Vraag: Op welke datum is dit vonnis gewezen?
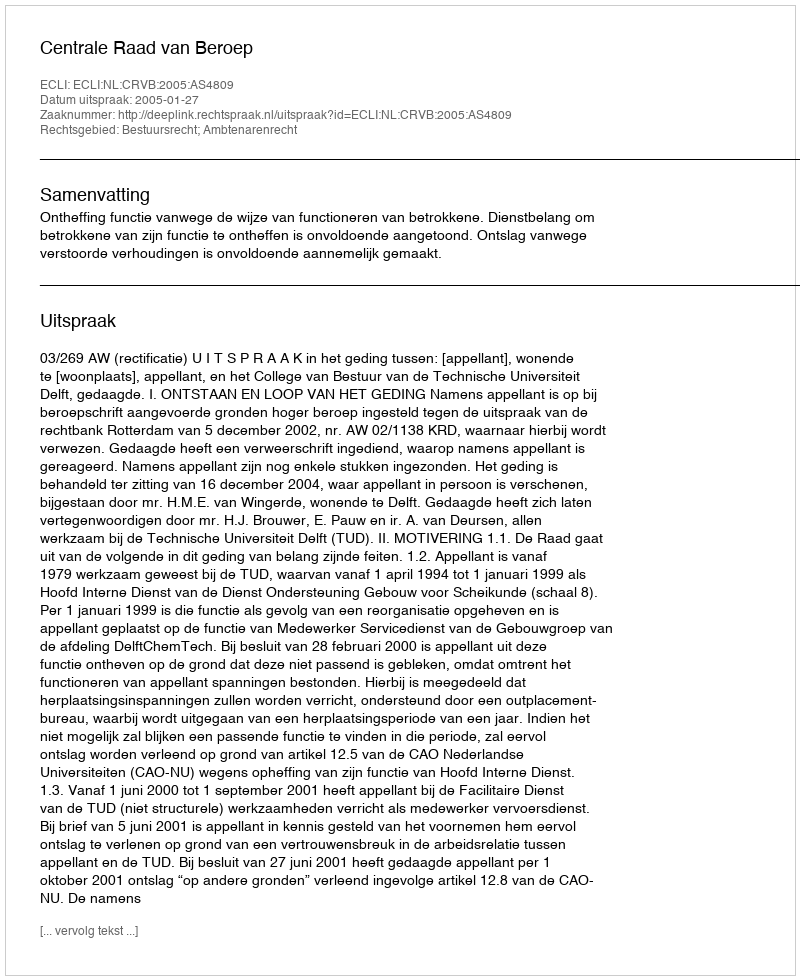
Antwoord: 2005-01-27